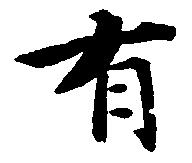
有